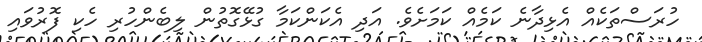
ހުރަސްތަކެއް އެޅިދާނެ ކަމެއް ކަމަށެވެ. އަދި އެކަންކަމާ ގުޅޭގޮތުން ލިބެންހުރި ހެކި ފޮރުވައި